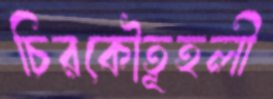
চিরকৌতূহলী